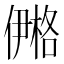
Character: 鿚